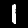
Digit: 1